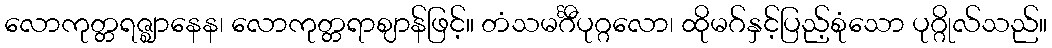
လောကုတ္တရဇ္ဈာနေန၊ လောကုတ္တရာဈာန်ဖြင့်။ တံသမင်္ဂီပုဂ္ဂလော၊ ထိုမဂ်နှင့်ပြည့်စုံသော ပုဂ္ဂိုလ်သည်။